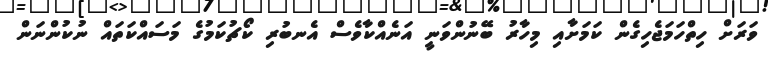
ވަރަށް ހިތްހަމަޖެހިގެން ކަމަށާއި މިހާރު ބޭނުންވަނީ އަނެއްކާވެސް އެނބުރި ކޯޗުކަމުގެ މަސައްކަތައް ނުކުންނަން